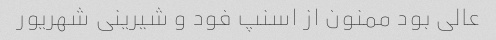
عالی بود ممنون از اسنپ فود و شیرینی شهریور